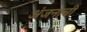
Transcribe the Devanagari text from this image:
अंजनाची